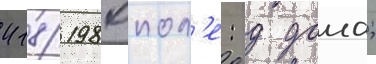
418/ 1980пол'е: д дома;